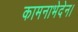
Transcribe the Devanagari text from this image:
कामनाभेदेन।